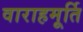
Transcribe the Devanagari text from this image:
वाराहमूर्ति